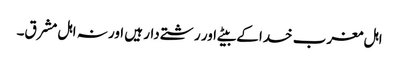
اہل مغرب خدا کے بیٹے اور رشتے دار ہیں اور نہ اہل مشرق۔